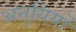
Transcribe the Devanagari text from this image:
अनुयियों